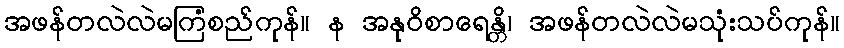
အဖန်တလဲလဲမကြံစည်ကုန်။ န အနုဝိစာရေန္တိ၊ အဖန်တလဲလဲမသုံးသပ်ကုန်။